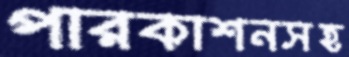
পারকাশনসহ